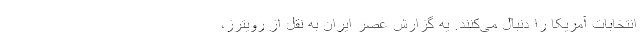
انتخابات آمریکا را دنبال می‌کنند. یه گزارش عصر ایران به نقل از رویترز،